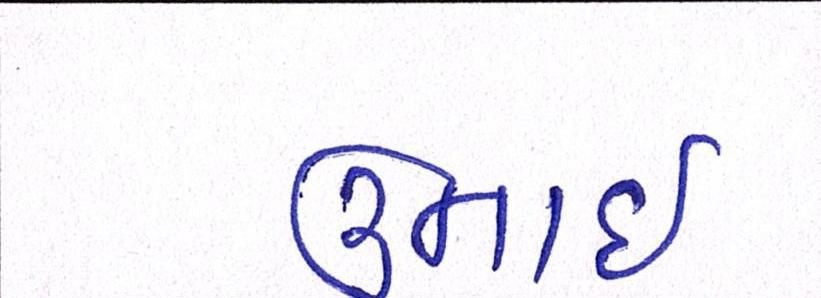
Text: ઉનાઈ